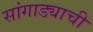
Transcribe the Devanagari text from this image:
सांगाड्याची